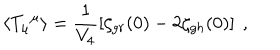
\langle { T _ { \mu } } ^ { \mu } \rangle = \frac { 1 } { V _ { 4 } } \left[ \zeta _ { g r } ( 0 ) - 2 \zeta _ { g h } ( 0 ) \right] \ ,